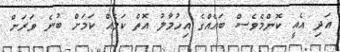
އަދި އެއީ ކޮންމެވެސް ބައެއްގެ އިހުމާލު އޮތް ކަމެއް ކަމަށް ބުނެ ވަރަށް